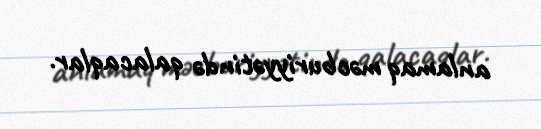
anlamaq məcburiyyətində qalacaqlar.